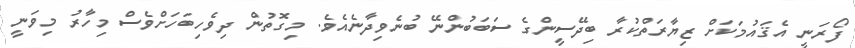
ފޯރަނީ އެޤައުމަކަށް ޒިޔާރަތްކުރާ ބިދޭސީންގެ ސަބަބުންނޭ ބުނެވިދާނެއެވެ. މިގޮތުން ދިވެހިބަހަށްވެސް މިހާރު މިވަނީ